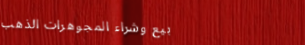
بيع وشراء المجوهرات الذهب